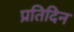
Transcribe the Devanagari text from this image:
प्रतिदिन